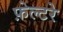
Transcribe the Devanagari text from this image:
फ़ेल्टरे